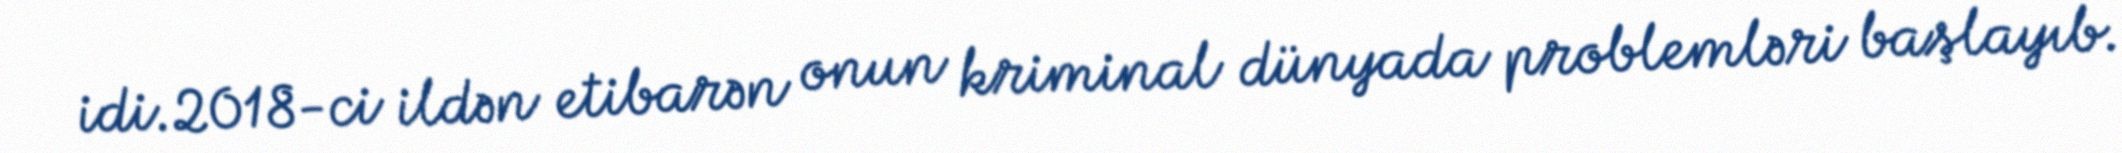
idi.2018-ci ildən etibarən onun kriminal dünyada problemləri başlayıb.